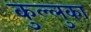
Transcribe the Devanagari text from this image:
कुल्लुका